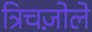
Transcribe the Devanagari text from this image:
त्रिचज़ोले